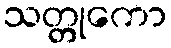
သတ္တုကော